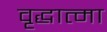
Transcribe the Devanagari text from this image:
वृद्धात्मा